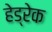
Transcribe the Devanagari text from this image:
हेड्रेक